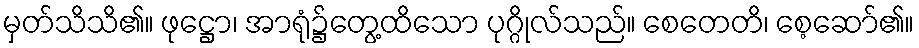
မှတ်သိသိ၏။ ဖုဋ္ဌော၊ အာရုံ၌တွေ့ထိသော ပုဂ္ဂိုလ်သည်။ စေတေတိ၊ စေ့ဆော်၏။